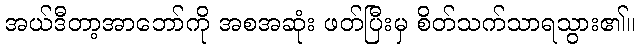
အယ်ဒီတာ့အာဘော်ကို အစအဆုံး ဖတ်ပြီးမှ စိတ်သက်သာရသွား၏။